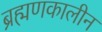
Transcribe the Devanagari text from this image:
ब्रह्मणकालीन